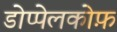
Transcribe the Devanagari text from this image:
डोप्पेलकोफ़